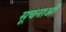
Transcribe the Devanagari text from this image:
सूचनाओें